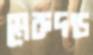
মেরুদন্ড